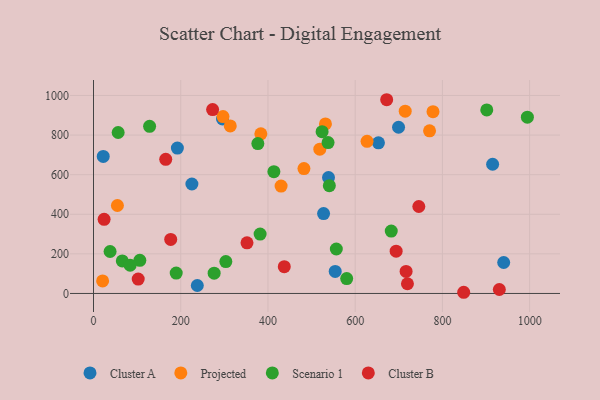
{"axis": {"x": "Engine Size", "y": "Rating"}, "legend": ["Cluster A", "Cluster B", "Projected", "Scenario 1"], "data": [{"x": "192.3", "y": 734.3, "type": "Cluster A"}, {"x": "225.6", "y": 553.0, "type": "Cluster A"}, {"x": "915.1", "y": 652.8, "type": "Cluster A"}, {"x": "527.5", "y": 403.7, "type": "Cluster A"}, {"x": "22.3", "y": 692.0, "type": "Cluster A"}, {"x": "554.2", "y": 111.3, "type": "Cluster A"}, {"x": "238.0", "y": 40.2, "type": "Cluster A"}, {"x": "940.5", "y": 156.5, "type": "Cluster A"}, {"x": "699.4", "y": 839.5, "type": "Cluster A"}, {"x": "538.8", "y": 585.8, "type": "Cluster A"}, {"x": "653.3", "y": 760.7, "type": "Cluster A"}, {"x": "295.8", "y": 881.3, "type": "Cluster A"}, {"x": "313.6", "y": 846.5, "type": "Projected"}, {"x": "54.8", "y": 444.2, "type": "Projected"}, {"x": "482.5", "y": 630.9, "type": "Projected"}, {"x": "296.9", "y": 893.7, "type": "Projected"}, {"x": "531.8", "y": 856.5, "type": "Projected"}, {"x": "778.4", "y": 918.2, "type": "Projected"}, {"x": "518.9", "y": 728.8, "type": "Projected"}, {"x": "627.2", "y": 768.7, "type": "Projected"}, {"x": "20.9", "y": 63.2, "type": "Projected"}, {"x": "714.7", "y": 920.7, "type": "Projected"}, {"x": "430.1", "y": 542.5, "type": "Projected"}, {"x": "770.5", "y": 821.5, "type": "Projected"}, {"x": "383.7", "y": 806.6, "type": "Projected"}, {"x": "537.8", "y": 762.1, "type": "Scenario 1"}, {"x": "994.8", "y": 890.4, "type": "Scenario 1"}, {"x": "376.8", "y": 757.1, "type": "Scenario 1"}, {"x": "413.6", "y": 615.4, "type": "Scenario 1"}, {"x": "66.0", "y": 164.2, "type": "Scenario 1"}, {"x": "556.7", "y": 224.7, "type": "Scenario 1"}, {"x": "382.0", "y": 299.8, "type": "Scenario 1"}, {"x": "540.7", "y": 544.6, "type": "Scenario 1"}, {"x": "580.5", "y": 75.2, "type": "Scenario 1"}, {"x": "303.4", "y": 161.3, "type": "Scenario 1"}, {"x": "128.6", "y": 844.4, "type": "Scenario 1"}, {"x": "276.6", "y": 102.4, "type": "Scenario 1"}, {"x": "901.7", "y": 927.1, "type": "Scenario 1"}, {"x": "682.7", "y": 314.9, "type": "Scenario 1"}, {"x": "56.5", "y": 813.1, "type": "Scenario 1"}, {"x": "189.6", "y": 103.0, "type": "Scenario 1"}, {"x": "524.1", "y": 817.2, "type": "Scenario 1"}, {"x": "38.0", "y": 211.9, "type": "Scenario 1"}, {"x": "106.2", "y": 167.5, "type": "Scenario 1"}, {"x": "84.0", "y": 142.9, "type": "Scenario 1"}, {"x": "102.5", "y": 72.7, "type": "Cluster B"}, {"x": "719.8", "y": 49.1, "type": "Cluster B"}, {"x": "848.8", "y": 6.0, "type": "Cluster B"}, {"x": "273.1", "y": 928.8, "type": "Cluster B"}, {"x": "165.6", "y": 677.4, "type": "Cluster B"}, {"x": "351.9", "y": 255.6, "type": "Cluster B"}, {"x": "930.5", "y": 19.9, "type": "Cluster B"}, {"x": "693.9", "y": 213.5, "type": "Cluster B"}, {"x": "672.2", "y": 978.6, "type": "Cluster B"}, {"x": "716.7", "y": 111.2, "type": "Cluster B"}, {"x": "745.9", "y": 439.3, "type": "Cluster B"}, {"x": "177.0", "y": 273.0, "type": "Cluster B"}, {"x": "24.3", "y": 374.5, "type": "Cluster B"}, {"x": "437.4", "y": 135.1, "type": "Cluster B"}]}